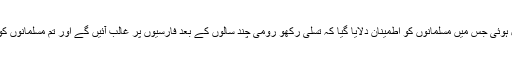
اس پر قرآن کریم کی سورۃ الروم نازل ہوئی جس میں مسلمانوں کو اطمینان دلایا گیا کہ تسلی رکھو رومی چند سالوں کے بعد فارسیوں پر غالب آئیں گے اور تم مسلمانوں کو بھی خوشی کا دن دیکھنا نصیب ہوگا۔